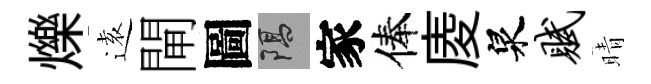
爍逺閘圖隔家俸庱泉赋晴